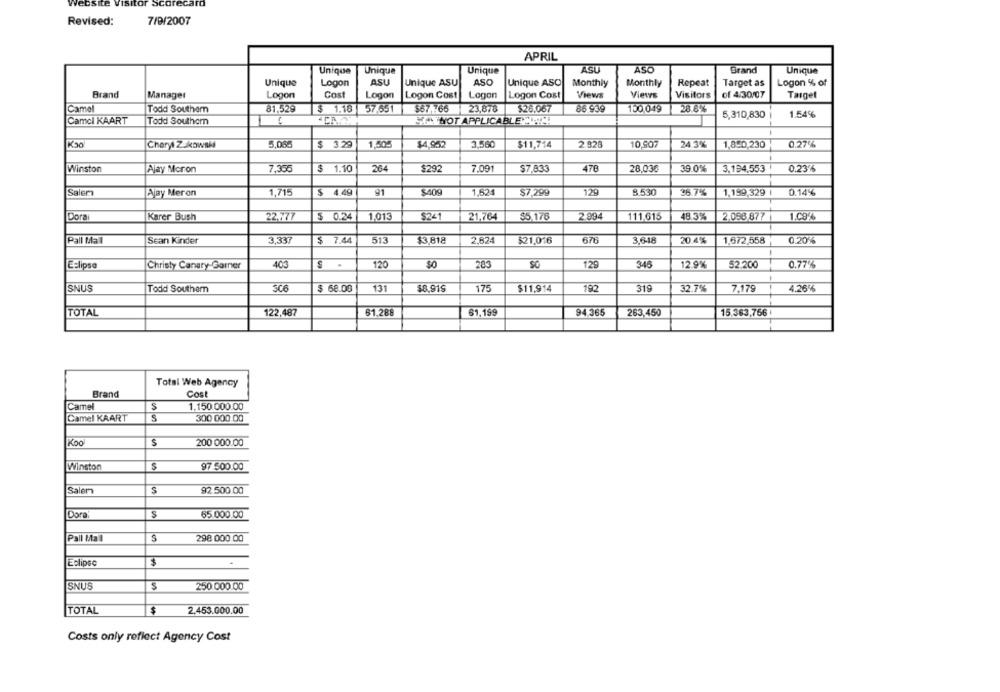
7/9/2007
Revised:
APRIL
ASU
ASO
Brand
Unique
Unique
Unique
Unique
Logon
ASU
Unique ASU
ASO
Unique ASO
Monthly
Monthly
Repeat
Target as
Logon % of
Unique
Brand
Manager
Logon
Cost
Logon
Logon Cost
Logon
Logon Cost
Views
Views
Visitors
of 4/30/07
Target
Camel
Todd Southam
81,529
$ 1.18
57,651
$67.766
23,878
$26.067
86 938
100,049
28.6%
5,310,830
1.54%
Camcl KAART
Todd Southern
MINTNOT APPLICABLE !!!!!
Cheryl ZUkowski
5,05€
$ 3.29
1.404
$4,952
3.560
$11,714
2.926
10,907
24.3%
1,8-0,230
0.27%
Winston
Ajay Moron
7,355
$ 1.10
264
$292
7.091
$7,833
478
28,036
39.0%
3.194,553
0.23%
Salem
Ajay Meron
1,715
$ 4.49
91
1,524
$7,299
125
8.530
36.7%
1,199,329
0.14%
Dora
Karer Bush
22,777
$ 0.24
1,013
$241
21,764
$5.176
2.994
111.615
48.3%
2.058.877
1.09%
Pall Mall
Sean Kinder
3,337
$ 7.44
513
$3.818
2.624
$21,016
676
3,618
20.4%
1.672,558
0.20%
-
.
Eclipse
Christy Canary-Garner
403
S
120
283
SO
129
346
12.9%
52.200
0.77%
SNUS
Todd Southem
SC6
$ 68.08
131
$8,919
175
$11,914
192
319
32.7%
7.179
4.26%
TOTAL
61,288
61,199
94 365
263,450
15.363,756 |
122,487
Total Web Agency
Brand
Cost
Camel
S
1.150.000.00
Camel KAART
300 000 00
Koo
S
200 000.00
Winston
97 .500.00
Salem
S
92.500.00
Dora
65.000.00
Pall Mall
S
298 000.00
$
Eclipse
SNUS
$
250 000.00
$
TOTAL
2.453.000.00
Costs only reflect Agency Cost